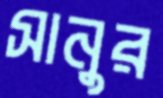
সানুর